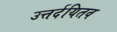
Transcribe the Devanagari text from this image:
उत्तर्दयितव